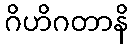
ဂိဟိဂတာနိ